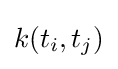
k(t_{i},t_{j})